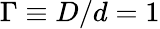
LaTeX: \Gamma\equiv D/d=1